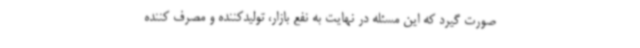
صورت گیرد که این مسئله در نهایت به نفع بازار، تولیدکننده و مصرف کننده